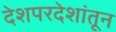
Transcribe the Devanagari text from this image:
देशपरदेशांतून